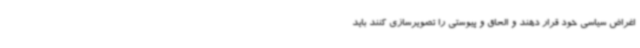
اغراض سیاسی خود قرار دهند و الحاق و پیوستی را تصویرسازی کنند باید